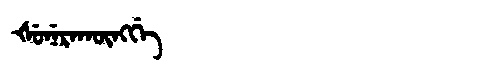
Manchu: ᡧᡠᠨᡝᡵᠠᡴᡡᠩᡤᡝ
Romanization: ŠUNERAKŪNGGE